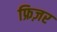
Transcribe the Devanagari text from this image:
फ्रिज़र